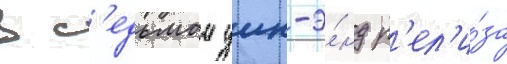
В с'едьмои уик-э́нд р'ел'и́за